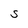
Character: S